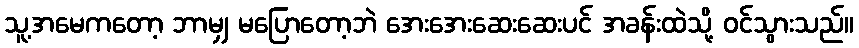
သူ့အမေကတော့ ဘာမျှ မပြောတော့ဘဲ အေးအေးဆေးဆေးပင် အခန်းထဲသို့ ဝင်သွားသည်။